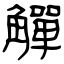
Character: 觶